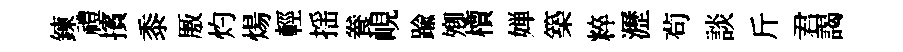
鍊禮擯黍厫灼煬輕揺飬峴踰𡖖檟婵築粹瀝茍談斤君謁